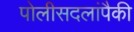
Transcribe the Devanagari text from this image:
पोलीसदलांपैकी